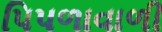
પિપળાવાળી